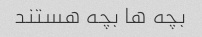
بچه ها بچه هستند